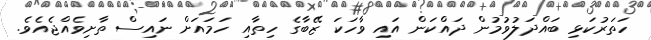
ހަތަރުކަޅި ބައްދަލުވުމުން ދައްކަން އައި ވާހަކަ ޒޭބާގެ ހިތާއި ހަމައަށް ނައިސް ތާށިވެއްޖެއެވެ.